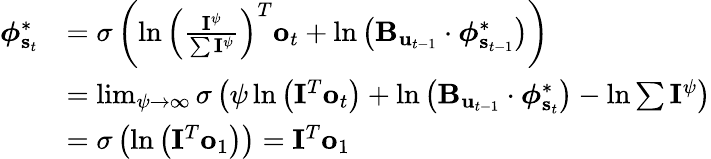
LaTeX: \begin{array}{rl}{\boldsymbol{\phi}_{\mathbf{s}_{t}}^{*}}&{=\sigma\left(\ln\left(\frac{\mathbf{I}^{\psi}}{\sum\mathbf{I}^{\psi}}\right)^{T}\mathbf{o}_{t}+\ln\left(\mathbf{B}_{\mathbf{u}_{t-1}}\cdot\boldsymbol{\phi}_{\mathbf{s}_{t-1}}^{*}\right)\right)}\\ &{=\operatorname*{lim}_{\psi\rightarrow\infty}\sigma\left(\psi\ln\left(\mathbf{I}^{T}\mathbf{o}_{t}\right)+\ln\left(\mathbf{B}_{\mathbf{u}_{t-1}}\cdot\boldsymbol{\phi}_{\mathbf{s}_{t}}^{*}\right)-\ln\sum\mathbf{I}^{\psi}\right)}\\ &{=\sigma\left(\ln\left(\mathbf{I}^{T}\mathbf{o}_{1}\right)\right)=\mathbf{I}^{T}\mathbf{o}_{1}}\end{array}